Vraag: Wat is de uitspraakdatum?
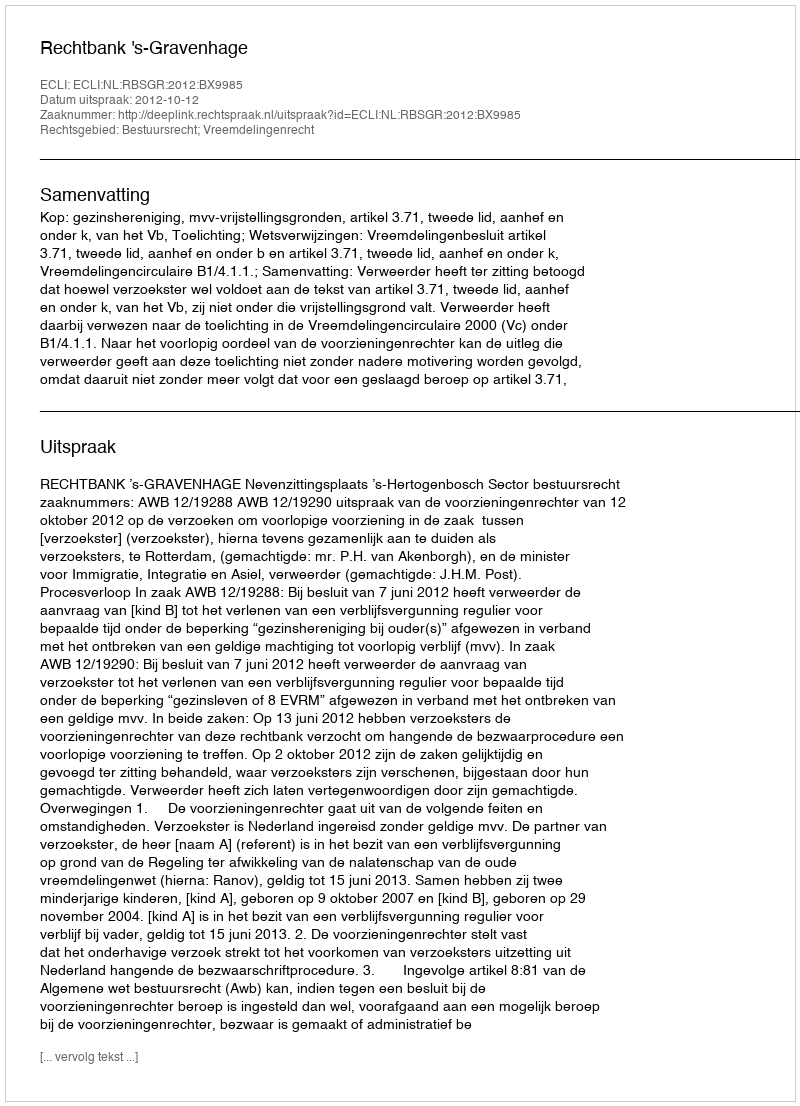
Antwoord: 2012-10-12